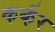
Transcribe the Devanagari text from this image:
कर्कर